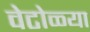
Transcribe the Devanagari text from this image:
वेटोळ्या